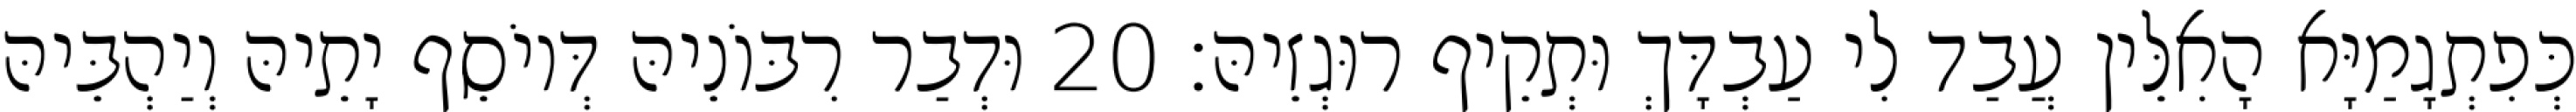
כְּפִתְגָמַיָּא הָאִלֵּין עֲבַד לִי עַבְדָּךְ וּתְקֵיף רוּגְזֵיהּ׃ 20 וּדְבַר רִבּוֹנֵיהּ דְּיוֹסֵף יָתֵיהּ וְיַהְבֵּיהּ